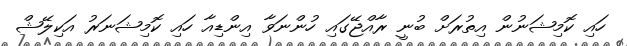
ހައި ކޮމިޝަނުން އިތުރަށް ބުނީ ރާއްޖޭގައި ހުންނަވާ އިންޑިއާ ހައި ކޮމިޝަނަރު އަކިލޭޝް